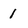
Character: 1